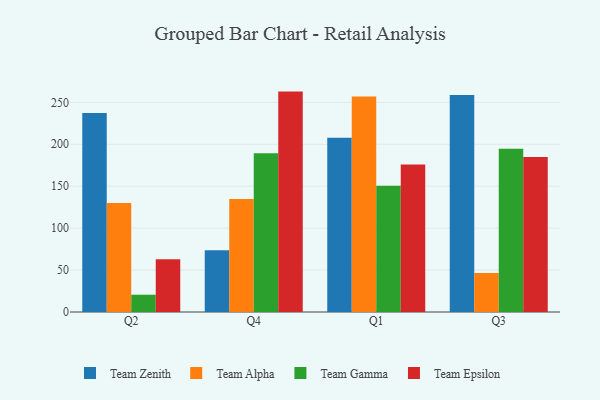
{"axis": {"x": "Quarter", "y": "Customer Acquisition Cost (USD)"}, "legend": ["Team Alpha", "Team Epsilon", "Team Gamma", "Team Zenith"], "data": [{"x": "Q2", "y": 237.3, "type": "Team Zenith"}, {"x": "Q2", "y": 130.1, "type": "Team Alpha"}, {"x": "Q2", "y": 20.6, "type": "Team Gamma"}, {"x": "Q2", "y": 62.8, "type": "Team Epsilon"}, {"x": "Q4", "y": 73.5, "type": "Team Zenith"}, {"x": "Q4", "y": 134.8, "type": "Team Alpha"}, {"x": "Q4", "y": 189.2, "type": "Team Gamma"}, {"x": "Q4", "y": 262.8, "type": "Team Epsilon"}, {"x": "Q1", "y": 207.8, "type": "Team Zenith"}, {"x": "Q1", "y": 257.1, "type": "Team Alpha"}, {"x": "Q1", "y": 150.6, "type": "Team Gamma"}, {"x": "Q1", "y": 175.8, "type": "Team Epsilon"}, {"x": "Q3", "y": 258.8, "type": "Team Zenith"}, {"x": "Q3", "y": 46.4, "type": "Team Alpha"}, {"x": "Q3", "y": 194.8, "type": "Team Gamma"}, {"x": "Q3", "y": 184.7, "type": "Team Epsilon"}]}